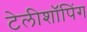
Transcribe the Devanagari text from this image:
टेलीशॉपिंग